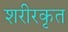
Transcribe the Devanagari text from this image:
शरीरकृत